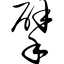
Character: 擘